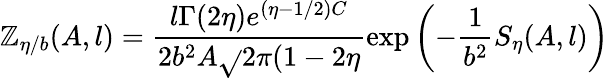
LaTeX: \mathbb{Z}_{\eta/b}(A,l)=\frac{{l\Gamma(2\eta)e^{(\eta-1/2)C}}}{{2b^{2}A\sqrt{}{{2\pi(1-2\eta}}}}\exp\left(-\frac{1}{{b^{2}}}S_{\eta}(A,l)\right)